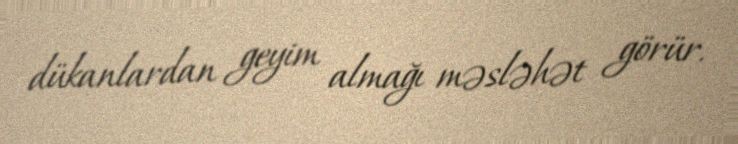
dükanlardan geyim almağı məsləhət görür.